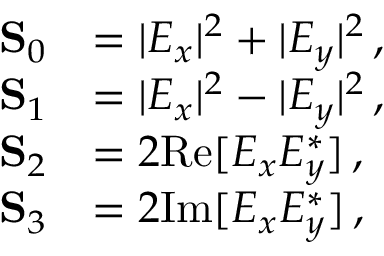
\begin{array} { r l } { \mathbf { S } _ { 0 } } & { = | E _ { x } | ^ { 2 } + | E _ { y } | ^ { 2 } \, , \phantom { Z Z Z Z } } \\ { \mathbf { S } _ { 1 } } & { = | E _ { x } | ^ { 2 } - | E _ { y } | ^ { 2 } \, , } \\ { \mathbf { S } _ { 2 } } & { = 2 \mathrm { R e } [ E _ { x } E _ { y } ^ { \ast } ] \, , } \\ { \mathbf { S } _ { 3 } } & { = 2 \mathrm { I m } [ E _ { x } E _ { y } ^ { \ast } ] \, , } \end{array}